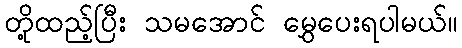
တို့ထည့်ပြီး သမအောင် မွှေပေးရပါမယ်။